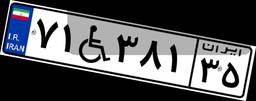
۷۱W۳۸۱۳۵